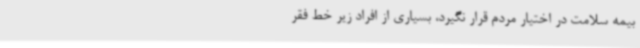
بیمه سلامت در اختیار مردم قرار نگیرد، بسیاری از افراد زیر خط فقر